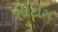
બીટોગ